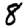
Digit: 8